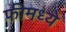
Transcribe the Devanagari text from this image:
फीमध्ये